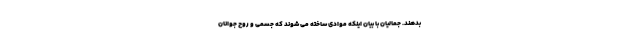
بدهند. جمالیان با بیان اینکه موادی ساخته می شوند که جسمی و روح جوانان